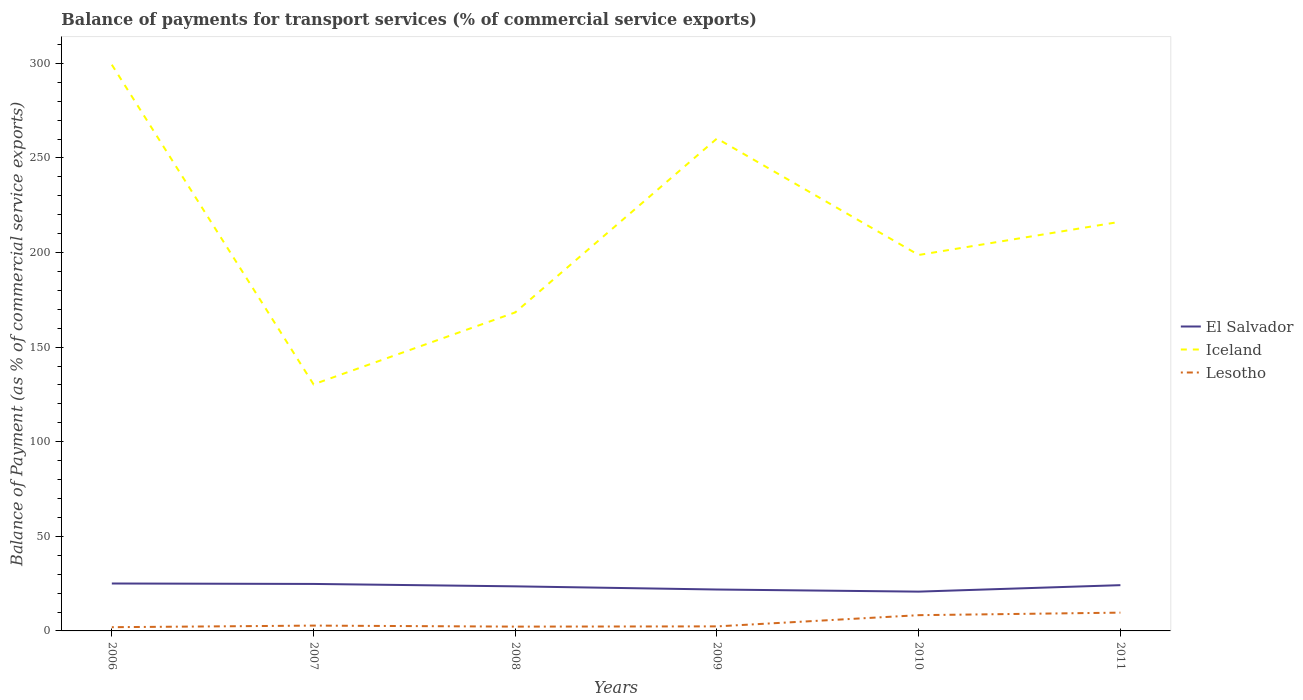
| Years | El Salvador | Iceland | Lesotho |
 | --- | --- | --- | --- |
 | 2006 | 25.1 | 299 | 1.97 |
 | 2007 | 24.8 | 130 | 2.81 |
 | 2008 | 23.6 | 168 | 2.27 |
 | 2009 | 21.9 | 260 | 2.4 |
 | 2010 | 20.8 | 199 | 8.32 |
 | 2011 | 24.2 | 216 | 9.67 |